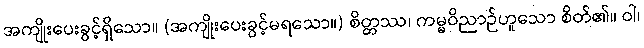
အကျိုးပေးခွင့်ရှိသော။ (အကျိုးပေးခွင့်မရသော။) စိတ္တဿ၊ ကမ္မဝိညာဉ်ဟူသော စိတ်၏။ ဝါ၊